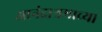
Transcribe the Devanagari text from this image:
आनंदाश्रमाच्या